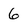
Character: 6